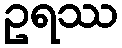
ဥရဿ